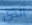
الذي